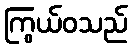
ကြွယ်ဝသည်